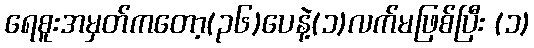
ရေစူးအမှတ်ကတော့(၃၆)ပေနဲ့(၁)လက်မဖြစ်ပြီး (၁)